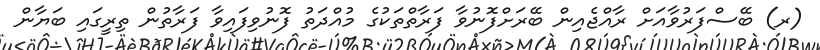
(ރ) ބޭސްފަރުވާއަށް ރާއްޖެއިން ބޭރަށްފޮނުވާ ފަރާތްތަކުގެ މުއްދަތު ފޮނުވިފައިވާ ފަރާތުން ތިރީގައި ބަޔާން